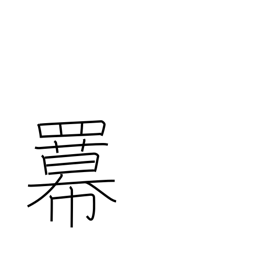
Meaning: power